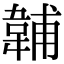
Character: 䪔